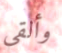
وألقي